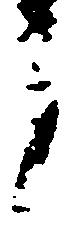
う